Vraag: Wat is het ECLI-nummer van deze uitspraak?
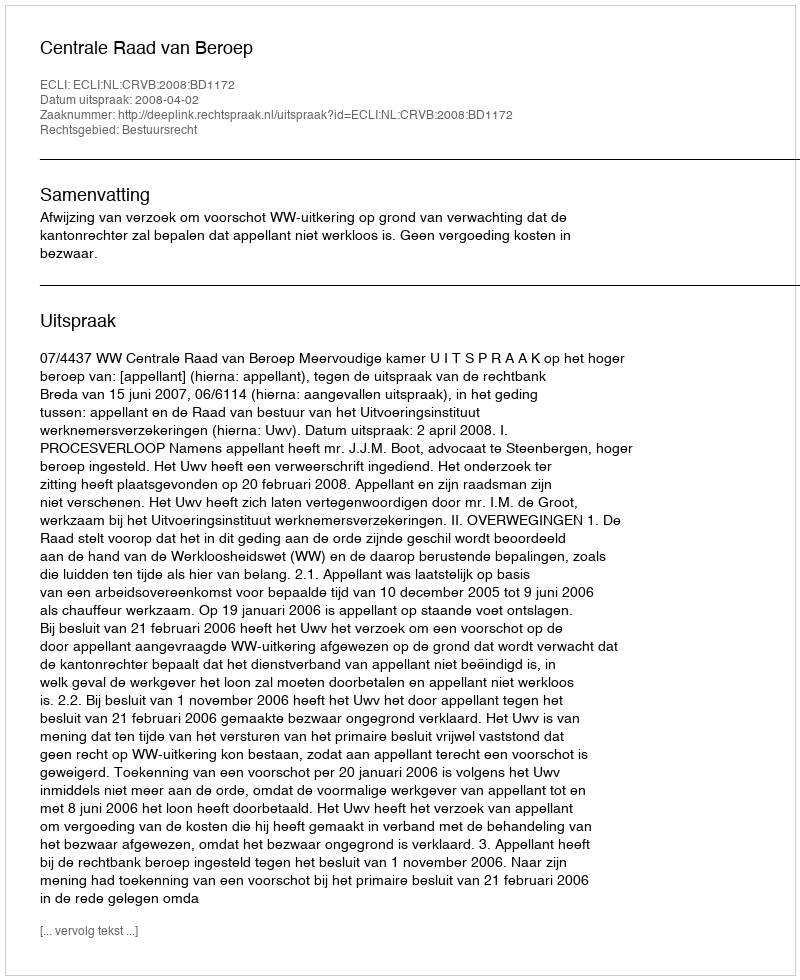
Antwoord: ECLI:NL:CRVB:2008:BD1172